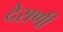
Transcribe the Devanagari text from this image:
देराणी